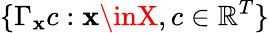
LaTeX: \{ \Gamma_{\mathbf{x}}c:\mathbf{x}\inX,c\in\mathbb{{R}}^{T}\}